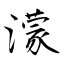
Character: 濛